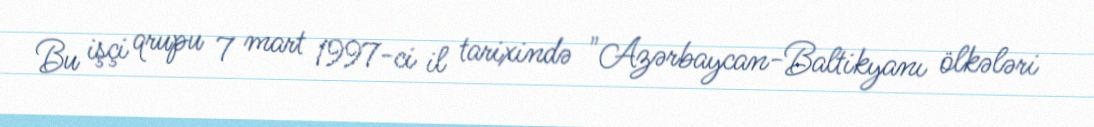
Bu işçi qrupu 7 mart 1997-ci il tarixində "Azərbaycan-Baltikyanı ölkələri